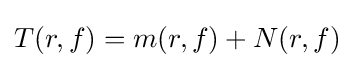
T(r,f)=m(r,f)+N(r,f)